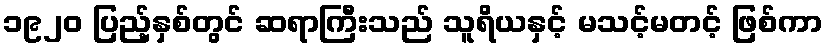
၁၉၂၀ ပြည့်နှစ်တွင် ဆရာကြီးသည် သူရိယနှင့် မသင့်မတင့် ဖြစ်ကာ